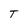
Character: T